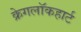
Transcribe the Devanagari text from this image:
क्रेगलॉकहार्ट